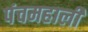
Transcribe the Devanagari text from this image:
पंचमहाली